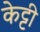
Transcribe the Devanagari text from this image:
केट्टी